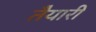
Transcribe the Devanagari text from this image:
तैेयारी